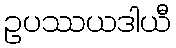
ဥပဿယဒါယီ